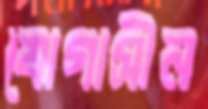
যোগাসীন